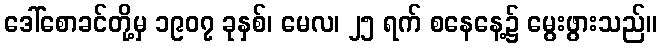
ဒေါ်စောခင်တို့မှ ၁၉၀၇ ခုနှစ်၊ မေလ၊ ၂၅ ရက် စနေနေ့၌ မွေးဖွားသည်။